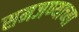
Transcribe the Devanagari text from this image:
समजण्याच्या